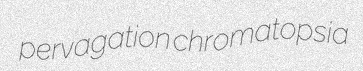
pervagation chromatopsia